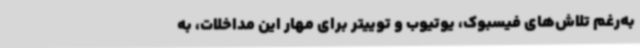
به‌رغم تلاش‌های فیسبوک، یوتیوب و توییتر برای مهار این مداخلات، به